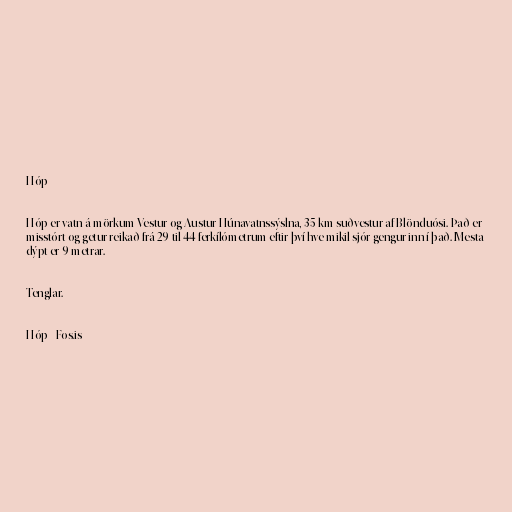
Hóp

Hóp er vatn á mörkum Vestur og Austur-Húnavatnssýslna, 35 km suðvestur af Blönduósi. Það er
misstórt og getur reikað frá 29 til 44 ferkílómetrum eftir því hve mikil sjór gengur inn í það. Mesta
dýpt er 9 metrar.

Tenglar.

Hóp - Fos.is